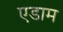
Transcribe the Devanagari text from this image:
एडाम